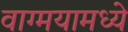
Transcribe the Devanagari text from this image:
वाग्मयामध्ये